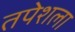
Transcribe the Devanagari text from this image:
तपेशला